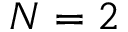
N = 2